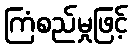
ကြံစည်မှုဖြင့်